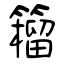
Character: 籕